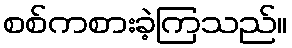
စစ်ကစားခဲ့ကြသည်။